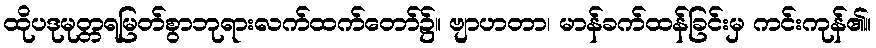
ထိုပဒုမုတ္တရမြတ်စွာဘုရားလက်ထက်တော်၌။ ဗျာဟတာ၊ မာန်ခက်ထန်ခြင်းမှ ကင်းကုန်၏။